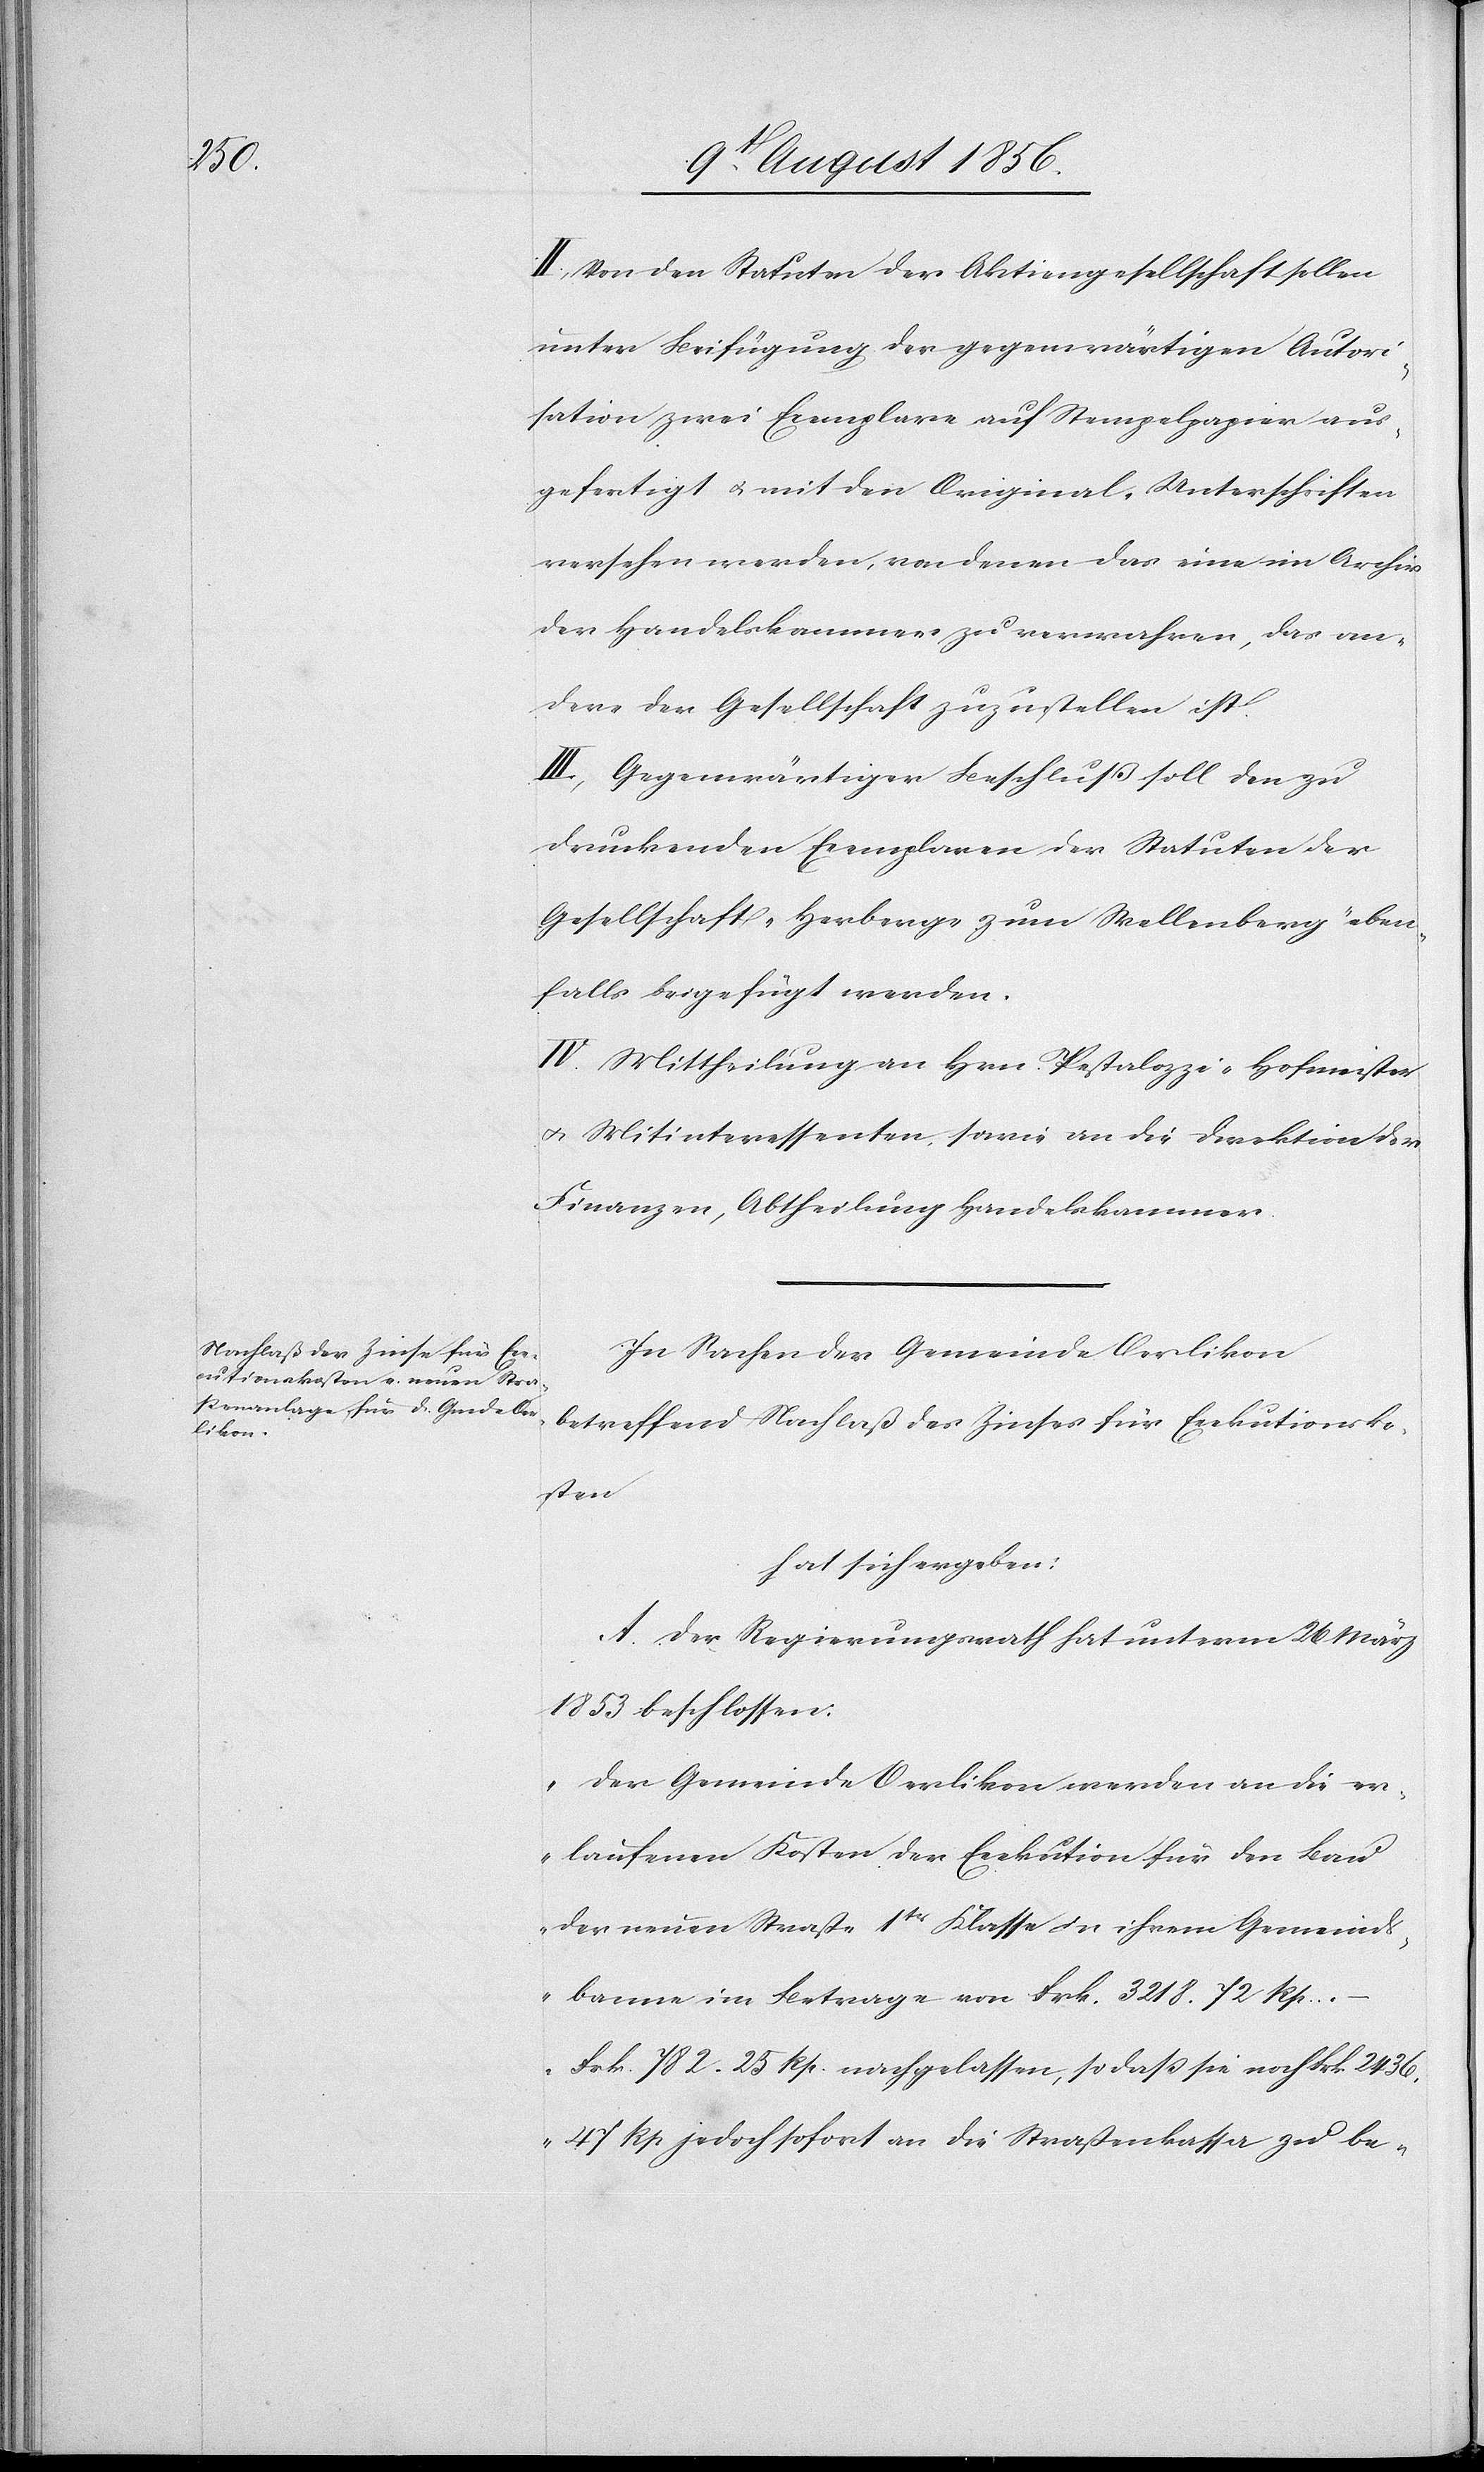
II.) Von den Statuten der Aktiengesellschaft sollen
unter Beifügung der gegenwärtigen Autori¬
sation zwei Exemplare auf Stempelpapier aus¬
gefertigt u. mit den Original-Unterschriften
versehen werden, von denen das eine im Archiv
der Handelskammer zu verwahren, das an¬
dere der Gesellschaft zuzustellen ist.
III.) Gegenwärtiger Beschluß soll den zu
druckenden Exemplaren der Statuten der
Gesellschaft "Herberge zum Wellenberg" eben¬
falls beigefügt werden.
IV.) Mittheilung an Hrn. Pestalozzi-Hofmeister
u. Mitinteressenten, sowie an die Direktion der
Finanzen, Abtheilung Handelskammer.
In Sachen der Gemeinde Oerlikon
betreffend Nachlaß des Zinses für Exekutionsko¬
sten
hat sich ergeben:
A. Der Regierungsrath hat unterm 26 März
1853 beschlossen:
"Der Gemeinde Oerlikon werden an die er¬
laufenen Kosten der Exekution für den Bau
der neuen Straße 1tr Klasse in ihrem Gemeinds¬
banne im Betrage von Frk. 3218. 72 Rp.
Frk. 782. 25 Rp. nachgelassen, so dass sie noch Frk. 2436.
47 Rp jedoch sofort an die Straßenkassa zu be-